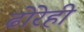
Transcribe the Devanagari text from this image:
ढोरेही